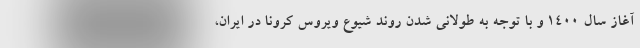
آغاز سال ۱۴۰۰ و با توجه به طولانی شدن روند شیوع ویروس کرونا در ایران،